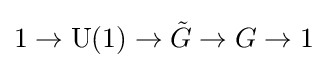
1\to {\rm {U}}(1)\to {\tilde {G}}\to G\to 1